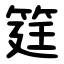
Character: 筳